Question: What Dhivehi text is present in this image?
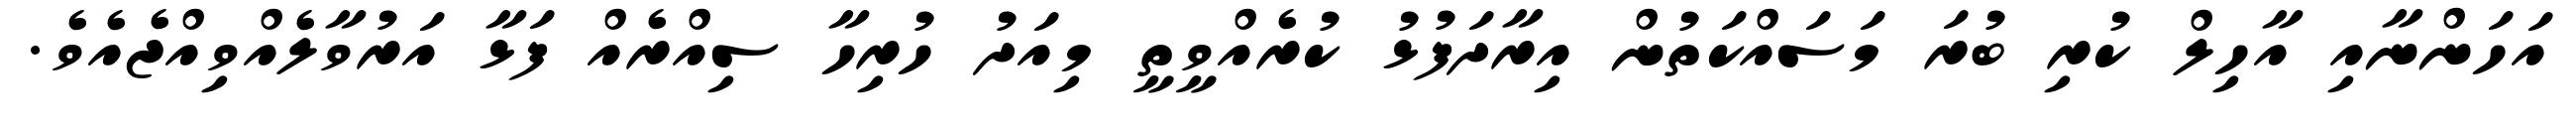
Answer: އަހަންނާއި އާހިލް ކުރި ބުރަ މަސައްކަތުން އިރާދަފުޅު ކުރެއްވީތީ މިއަދު ހުރިހާ ސިއްރެއް ފަޅާ އަރުވާލެއްވިއްޖެއެވެ.